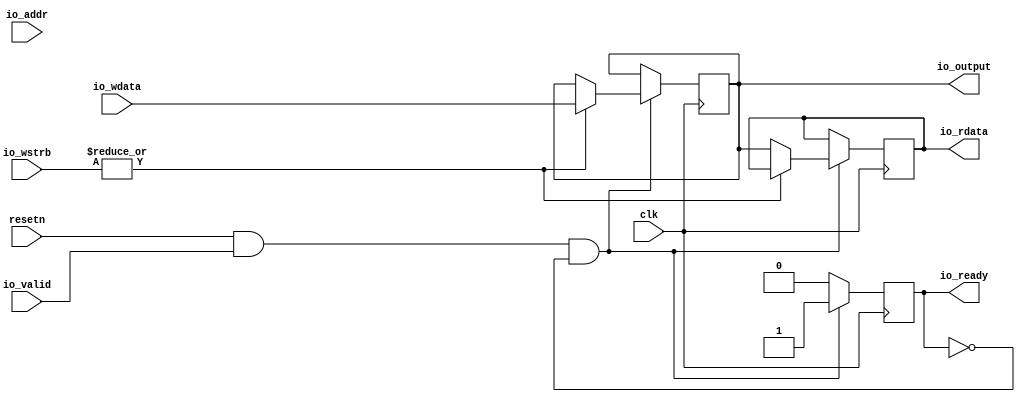
module io #
(
    parameter MEM_SIZE = 4096,
    parameter HEX_FILE = "firmware.hex"
) 
(
	input 			clk,
	input 			resetn,

	input 			io_valid,
	input [31:0] 	io_addr,
	input [31:0]	io_wdata,
	input [3:0]		io_wstrb,

	output reg 			io_ready,
	output reg [31:0]	io_rdata,

    output reg [31:0] io_output
);
  

// RAM operations
	always @(posedge clk) begin
		io_ready <= 0;

		if (resetn && io_valid && !io_ready) begin

			// Read operation
			if(!(|io_wstrb)) begin
				io_rdata <= io_output;
				io_ready <= 1;
			end

			// Write operation
			if(|io_wstrb) begin
				io_output <= io_wdata;
				io_ready <= 1;
			end

		end

	end

endmodule